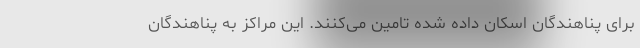
برای پناهندگان اسکان داده شده تامین می‌کنند. این مراکز به پناهندگان